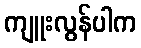
ကျူးလွန်ပါက